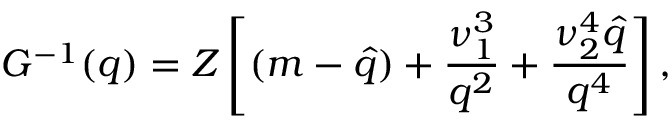
G ^ { - 1 } ( q ) = Z \left[ ( m - \hat { q } ) + \frac { \nu _ { 1 } ^ { 3 } } { q ^ { 2 } } + \frac { \nu _ { 2 } ^ { 4 } \hat { q } } { q ^ { 4 } } \right] ,